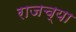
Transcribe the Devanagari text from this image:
राजच्या